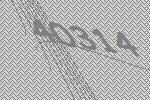
40314